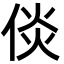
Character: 倓